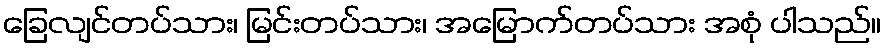
ခြေလျင်တပ်သား၊ မြင်းတပ်သား၊ အမြောက်တပ်သား အစုံ ပါသည်။